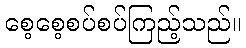
စေ့စေ့စပ်စပ်ကြည့်သည်။